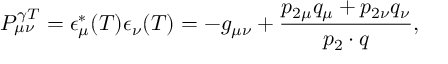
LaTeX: P _ { \mu \nu } ^ { \gamma T } = \epsilon _ { \mu } ^ { * } ( T ) \epsilon _ { \nu } ( T ) = - g _ { \mu \nu } + \frac { p _ { 2 \mu } q _ { \mu } + p _ { 2 \nu } q _ { \nu } } { p _ { 2 } \cdot q } ,